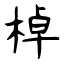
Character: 棹